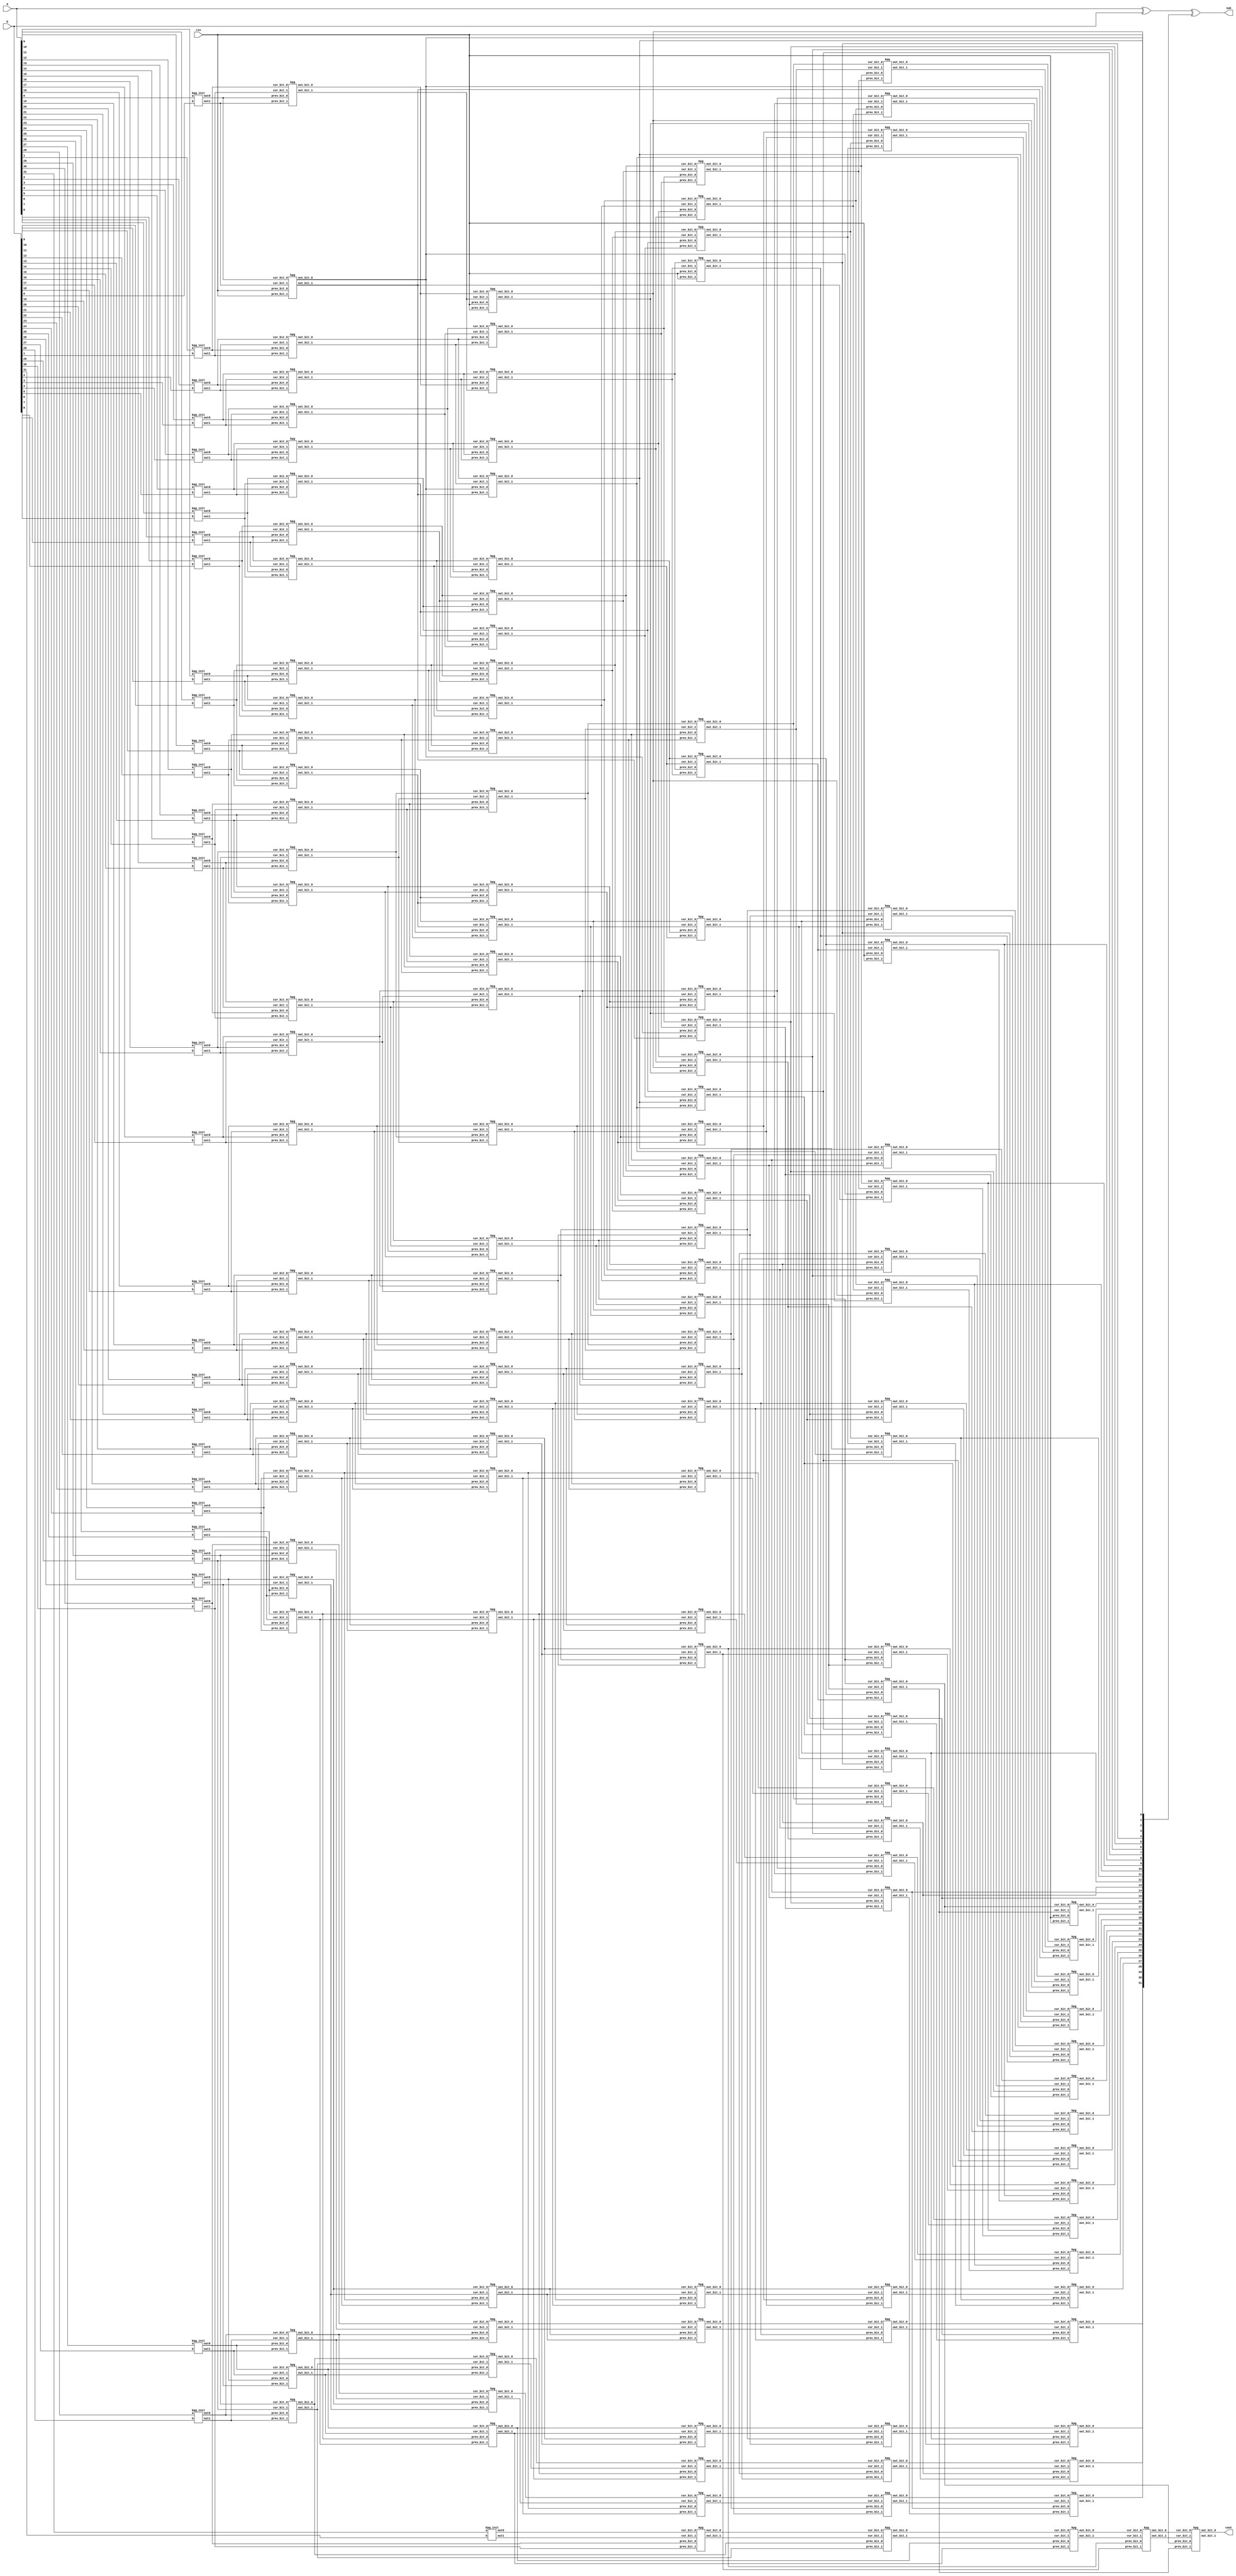
module rdcla (sum, cout, a, b, cin);

	input [31:0] a, b;
	input cin;
	output reg [31:0] sum;
	output reg cout;

	wire [32:0] carry0, carry1;
	wire [32:0] carry0_1, carry1_1, carry0_2, carry1_2, carry0_4, carry1_4, carry0_8, carry1_8, carry0_16, carry1_16;

	assign carry0[0] = cin;
	assign carry1[0] = cin;

	always @(*)
	begin

		sum = a^b;
		sum = sum[31:0]^carry0_16[31:0];
		cout = carry0_16[32];	

	end
	
	kpg_init init [32:1] (carry1[32:1], carry0[32:1], a[31:0], b[31:0]);

	assign carry1_1[0] = cin;
	assign carry0_1[0] = cin;
	assign carry1_2[1:0] = carry1_1[1:0];
	assign carry0_2[1:0] = carry0_1[1:0];
	assign carry1_4[3:0] = carry1_2[3:0];
	assign carry0_4[3:0] = carry0_2[3:0];
	assign carry1_8[7:0] = carry1_4[7:0];
	assign carry0_8[7:0] = carry0_4[7:0];
	assign carry1_16[15:0] = carry1_8[15:0];
	assign carry0_16[15:0] = carry0_8[15:0];

	kpg itr_1 [32:1] (carry1[32:1], carry0[32:1], carry1[31:0], carry0[31:0], carry1_1[32:1], carry0_1[32:1]);
	kpg itr_2 [32:2] (carry1_1[32:2], carry0_1[32:2], carry1_1[30:0], carry0_1[30:0], carry1_2[32:2], carry0_2[32:2]);
	kpg itr_4 [32:4] (carry1_2[32:4], carry0_2[32:4], carry1_2[28:0], carry0_2[28:0], carry1_4[32:4], carry0_4[32:4]);
	kpg itr_8 [32:8] (carry1_4[32:8], carry0_4[32:8], carry1_4[24:0], carry0_4[24:0], carry1_8[32:8], carry0_8[32:8]);
	kpg itr_16 [32:16] (carry1_8[32:16], carry0_8[32:16], carry1_8[16:0], carry0_8[16:0], carry1_16[32:16], carry0_16[32:16]);

endmodule

module kpg_init (
	output reg out1, out0,
	input a, b
);
	always @*
	case ({a, b})
		2'b00: begin
			out0 = 1'b0; out1 = 1'b0;
		end
		2'b11: begin
			out0 = 1'b1; out1 = 1'b1;
		end
		default: begin 
			out0 = 1'b0; out1 = 1'b1;
		end
	endcase

endmodule

module kpg (
	input cur_bit_1, cur_bit_0, prev_bit_1, prev_bit_0,
	output reg out_bit_1, out_bit_0
);
	always @(*)
	begin
	
		if({cur_bit_1, cur_bit_0} == 2'b00)
			{out_bit_1, out_bit_0} = 2'b00;
		
		if({cur_bit_1, cur_bit_0} == 2'b11)
			{out_bit_1, out_bit_0} = 2'b11;

		if({cur_bit_1, cur_bit_0} == 2'b10)
			{out_bit_1, out_bit_0} = {prev_bit_1, prev_bit_0};

	end

endmodule